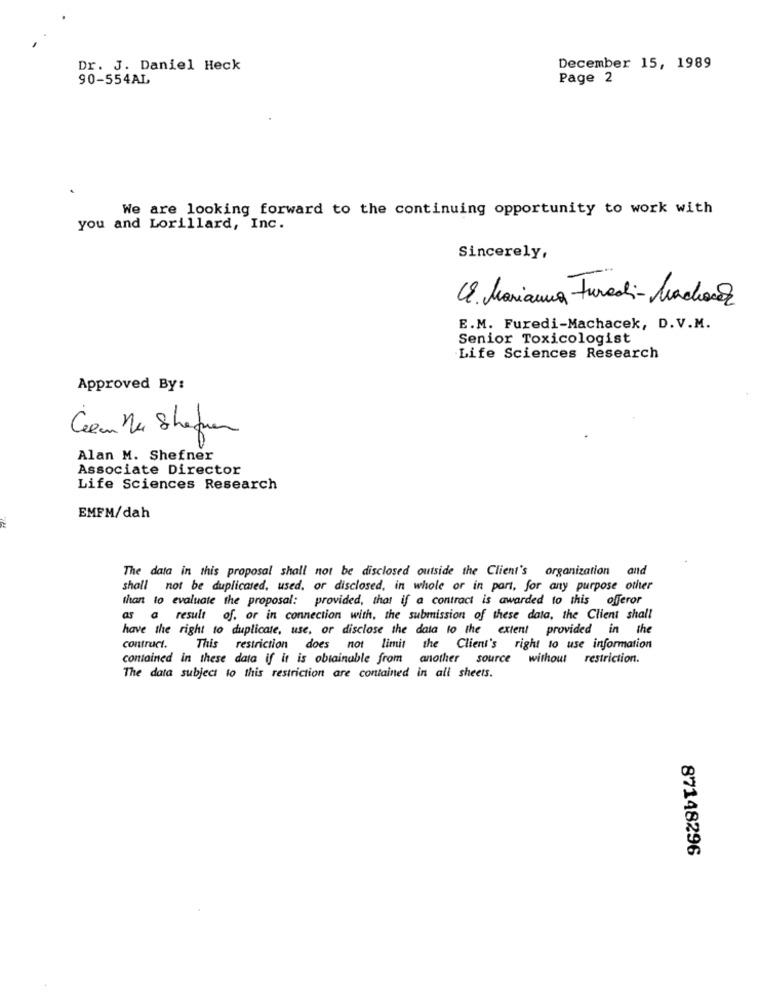
Dr. J. Daniel Heck
December 15, 1989
90-554AL
Page 2
We are looking forward to the continuing opportunity to work with
you and Lorillard, Inc.
Sincerely,
18 Marianna Turadi- Munchenz
E.M. Furedi-Machacek, D.V.M.
Senior Toxicologist
Life Sciences Research
Approved By:
00
Ceem Na Stephen
Alan M. Shefner
Associate Director
Life Sciences Research
EMFM/dah
The data in this proposal shall not be disclosed outside the Client's organization and
shall not be duplicated, used, or disclosed, in whole or in part, for any purpose other
than to evaluate the proposal: provided, that if a contract is awarded to this offeror
as a result of, or in connection with, the submission of these data, the Client shall
have the right to duplicate, use, or disclose the data to the extent provided in the
contruct.
This restriction does not limit the Client's right to use information
contained in these data if it is obtainable from another source without restriction.
The data subject to this restriction are contained in all sheets.
87148296